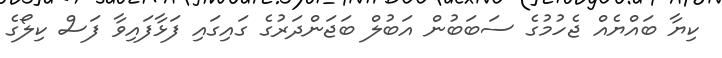
ކިޔާ ބައްޔެއް ޖެހުމުގެ ސަބަބުން އަބުލް ބަޖަންދަރުގެ ގައިގައި ފަޅާފައިވާ ފަސް ކިލޯގެ